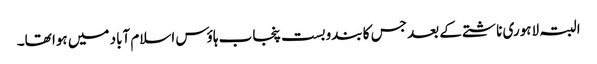
البتہ لاہوری ناشتے کے بعد جس کا بندوبست پنجاب ہاؤس اسلام آباد میں ہوا تھا۔